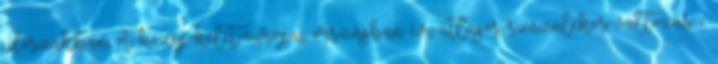
időszakban, öt közép-kelet-európai országban évi átlagos százalékos változás %